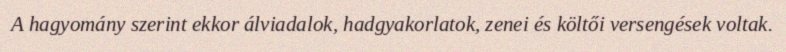
A hagyomány szerint ekkor álviadalok, hadgyakorlatok, zenei és költői versengések voltak.